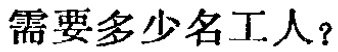
需要多少名工人？